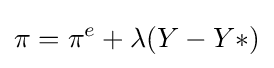
\pi =\pi ^{e}+\lambda (Y-Y*)